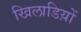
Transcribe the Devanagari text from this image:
खिलाडिय़ों